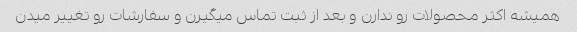
همیشه اکثر محصولات رو ندارن و بعد از ثبت تماس میگیرن و سفارشات رو تغییر میدن